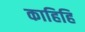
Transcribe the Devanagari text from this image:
काहिहि